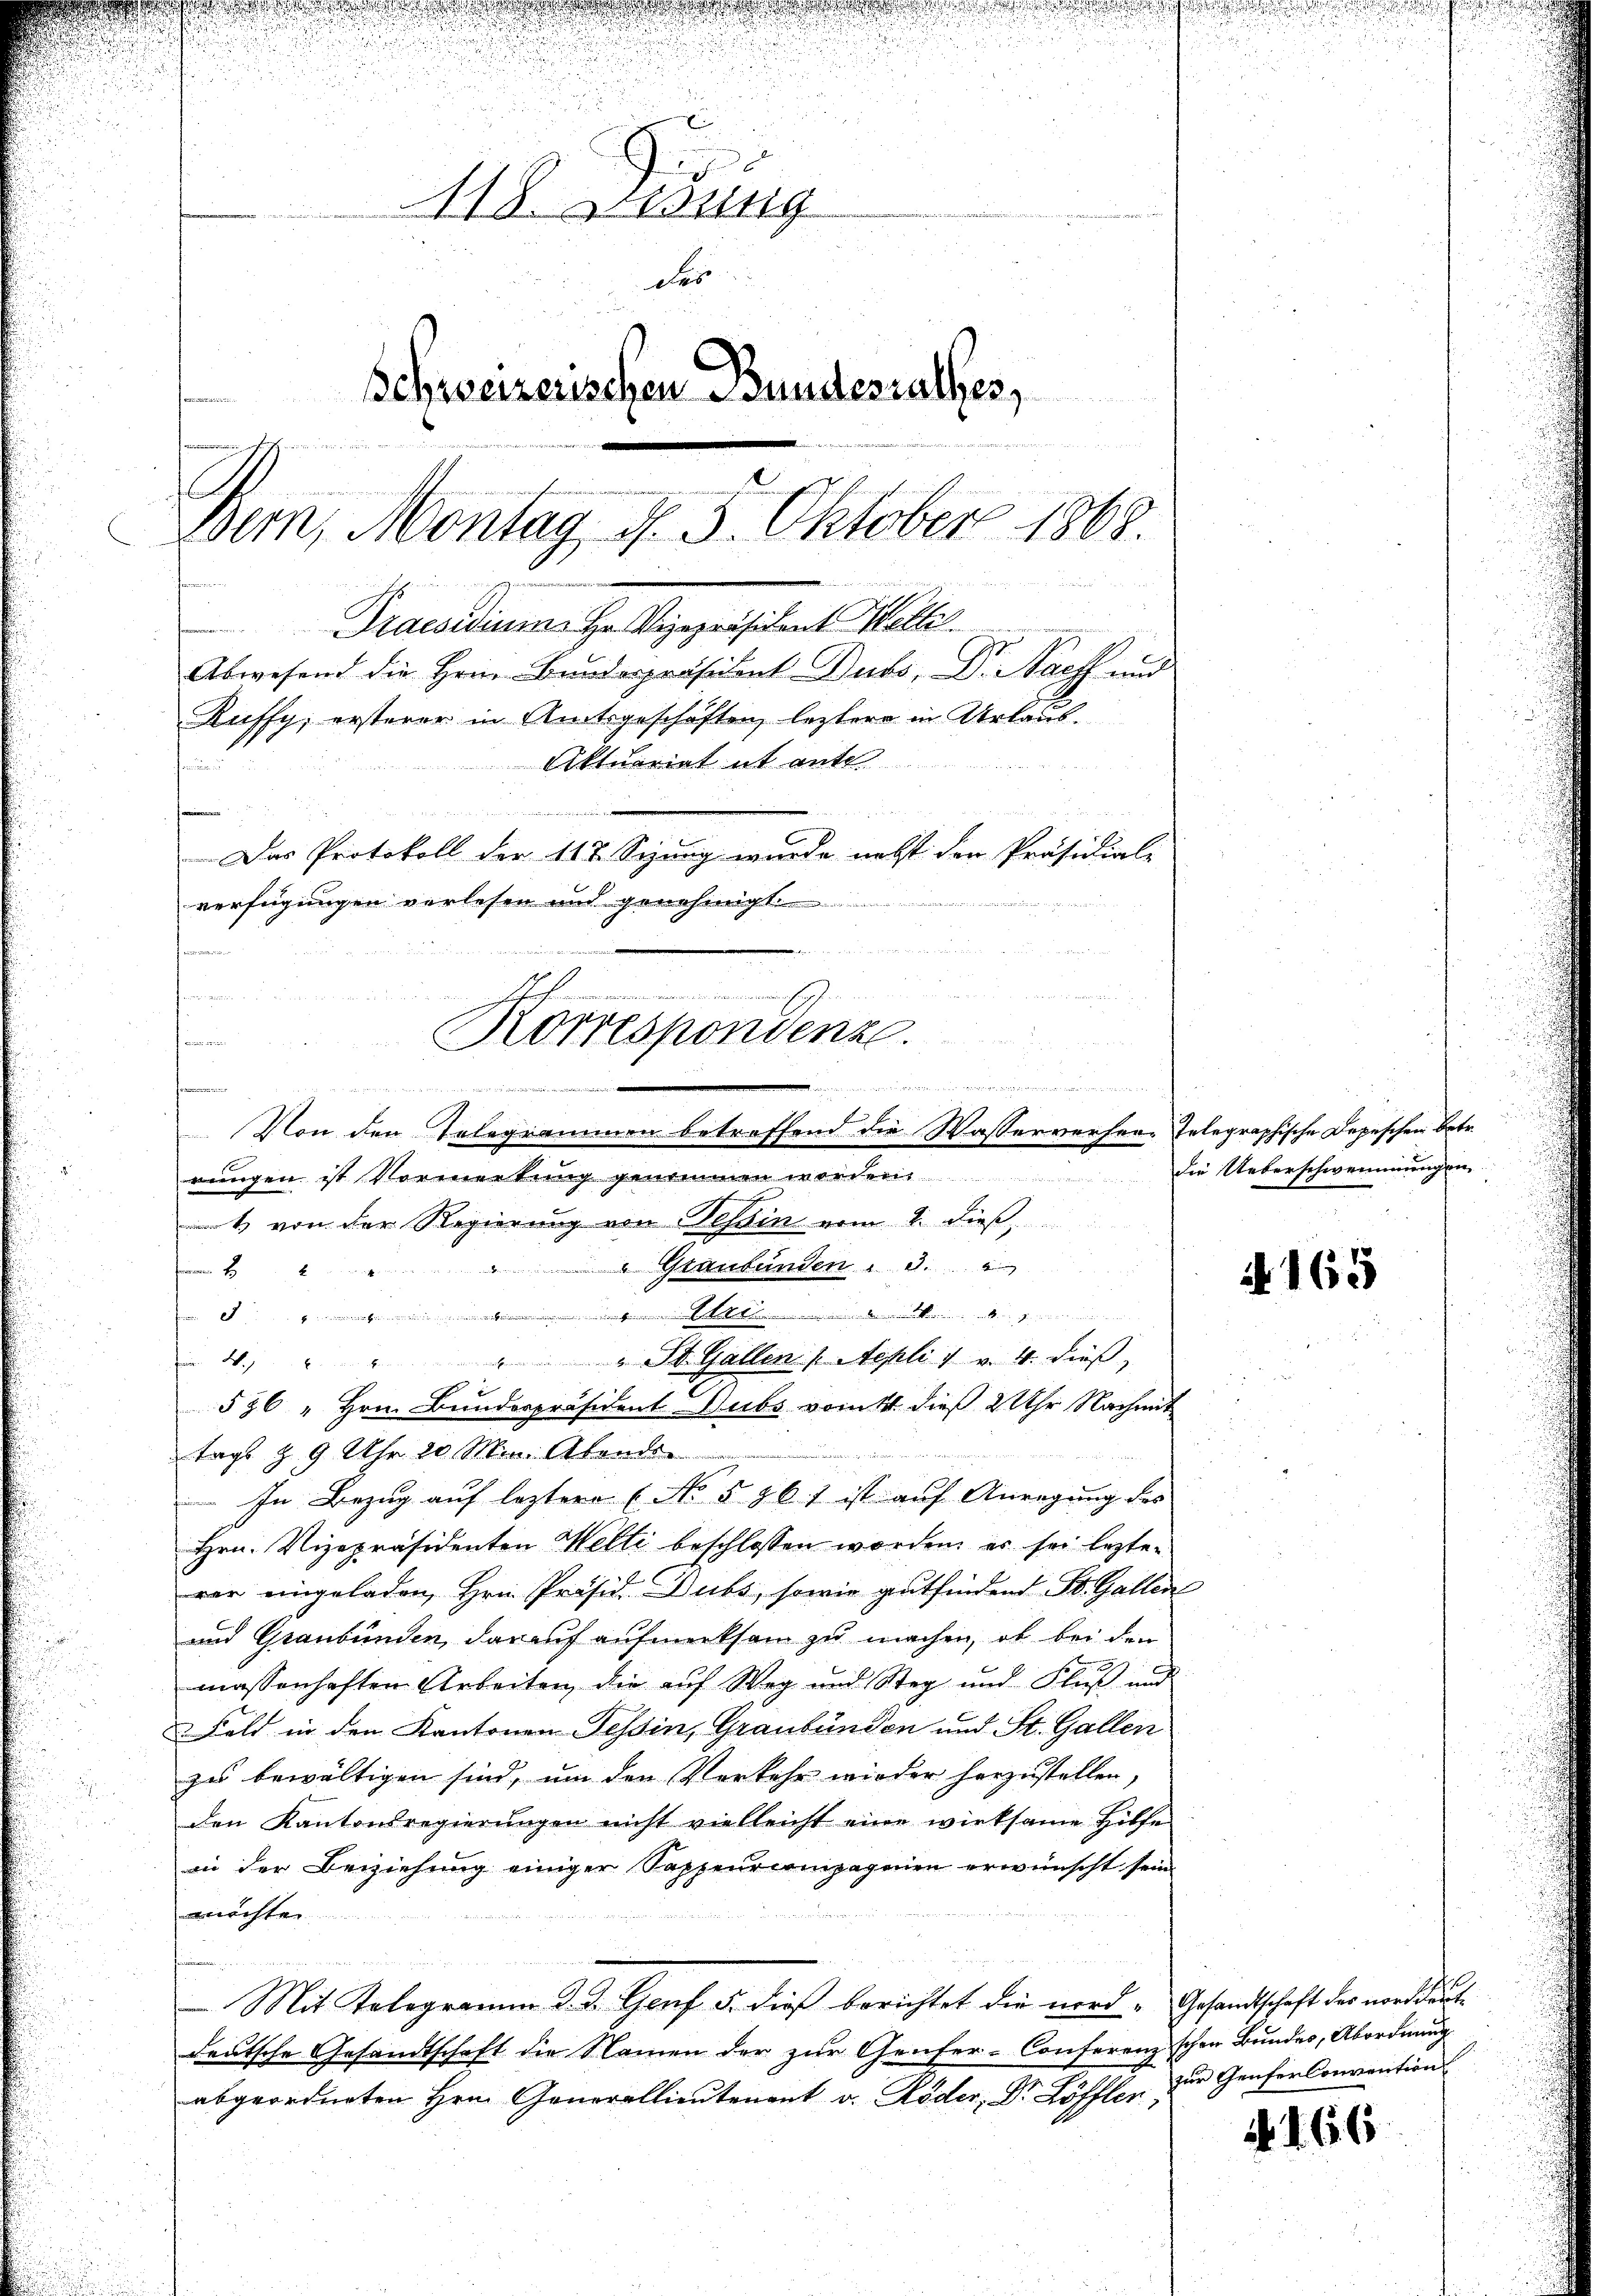
d
118. Lesung
des
schweizerischen Bundesrathes,
Bern, Montag, d. 5. Oktober 1868
Draesidium Hr. Vizepräsident elle

n
verfügungen verlesen und genehmigt.
emainen
den
ie
nommenen Eigen.
Korrespondenze.
s
hin
.
fammen
Von den Telegrammen betreffend die Wasserverher-Telegraphische Depeschen Betr.
mungen ist Vormerkung genommen worden die Ueberschwemmungen

Abwesend die Hrn. Bunderpräsident Dubs, Dr. Nach und
Ruffy, ersterer in Amtsgeschäften, leztere in Urlaus¬
Aktuariat it ent
ünen vier in die wenige in
Das Protokoll der 112. Sizung wurde nebst den Präsidial-

witz von der Regierung von Teßin vom 2. dieß,
 Graubünden 3.

M
" " St. Gallen (Nepli 1 v. 4. dieß,
f 48 be
§36 " Hrn. Bundespräsident Subs vom 11. dieß 2 Uhr Nachmit
tags § 9 Uhr 20 Min. Abends
In Bezug auf leztere (No § 967 ist auf Anregung des
Hrn. Vizepräsidenten Welti beschlossen worden, er sei lezten
rer eingeladen, Hrn. Präsid. Dubs, sowie gutfindend St. Gallen
und Graubünden, darauf aufmerksam zu machen, ob bei den
massenhaften Arbeiten, die auf Weg und Steg und Fluß und
Feld in den Kantonen Tessin, Graubünden und St. Gallen
zu bewältigen sind, um den Verkehr wieder herzustellen,
den Kantonsregierungen nicht vielleicht eine wirksame Hilfe
in der Beiziehung einiger Sappeurcompagnien erwünscht sein.
möchten
Mit Kolegramm d. d. Genf 5. dieß berichtet die nord- Gesandtschaft des norddeutdeutsche Gesandtschaft die Namen der zur Genfer-Conferenzschon Bundes, Abordnung
abgeordneten Hrn. Generallieutenant v. Röder, Dr. Löffler zur Genfer Convention

A 165

N 166